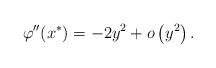
LaTeX: \begin{align*}\varphi^{\prime\prime}(x^\ast) = -2 y^2 +o\left(y^2\right).\end{align*}